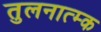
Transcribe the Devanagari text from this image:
तुलनात्म्क